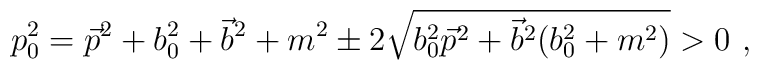
p_0^2 = \vec p^2 + b_0^2 +\vec b^2 + m^2  \pm 2\sqrt{ b_0^2 \vec p^2 +\vec b^2( b_0^2 + m^2)} > 0\ ,